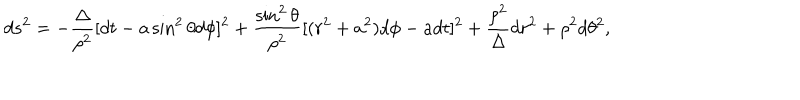
d s ^ { 2 } = - \frac { \Delta } { \rho ^ { 2 } } [ d t - a \sin ^ { 2 } \theta d \phi ] ^ { 2 } + \frac { \sin ^ { 2 } \theta } { \rho ^ { 2 } } [ ( r ^ { 2 } + a ^ { 2 } ) d \phi - a d t ] ^ { 2 } + \frac { \rho ^ { 2 } } { \Delta } d r ^ { 2 } + \rho ^ { 2 } d \theta ^ { 2 } ,